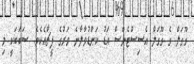
ގޫގަލް ގެ ގޫގަލް އެސިސްޓެންސް އަޑު ކަންޑުވާލާނެ ވަރުގެ ފީޗާއެކެވެ. ސަބަބަކީ މި